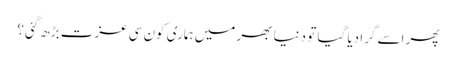
پھر اسے گرا دیا گیا تو دنیا بھر میں ہماری کون سی عزت بڑھ گئی؟